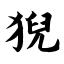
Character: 猊